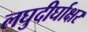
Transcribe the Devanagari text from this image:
लघुदीर्घाक्षर